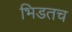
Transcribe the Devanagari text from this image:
भिडतच